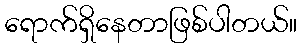
ရောက်ရှိနေတာဖြစ်ပါတယ်။